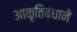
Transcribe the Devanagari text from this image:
आकृतिबंधाने